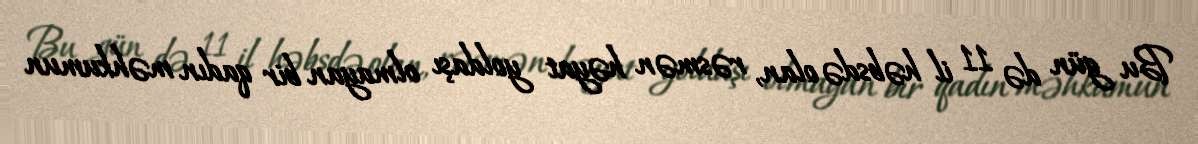
Bu gün də 11 il həbsdə olan, rəsmən həyat yoldaşı olmayan bir qadın məhkumun